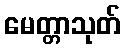
မေတ္တာသုတ်